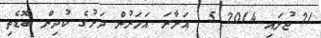
21 ޖުލައި 2014 5  އަށާރަ އަހަރުން ދަށުގެ ކުދިން ބޮޑެތި